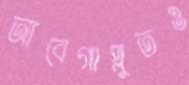
আবেগাপ্লুতও